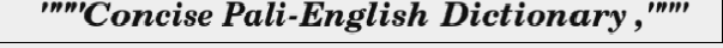
"""Concise Pali-English Dictionary ,"""